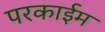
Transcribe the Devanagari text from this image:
परकाईम